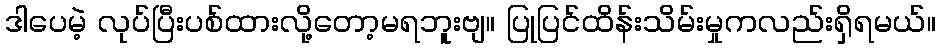
ဒါပေမဲ့ လုပ်ပြီးပစ်ထားလို့တော့မရဘူးဗျ။ ပြုပြင်ထိန်းသိမ်းမှုကလည်းရှိရမယ်။